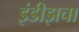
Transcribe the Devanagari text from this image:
इंडीझचा